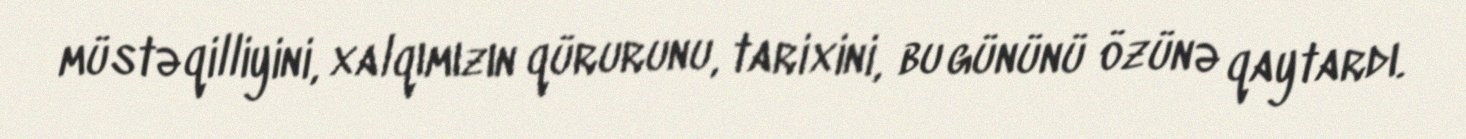
müstəqilliyini, xalqımızın qürurunu, tarixini, bu gününü özünə qaytardı.